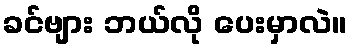
ခင်ဗျား ဘယ်လို ပေးမှာလဲ။